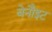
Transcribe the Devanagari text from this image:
बेनौइट